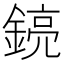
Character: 𨩎